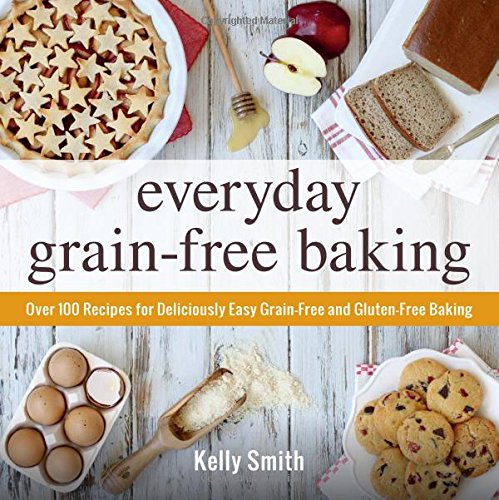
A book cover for Everyday Grain-Free Baking: Over 100 Recipes for Deliciously Easy Grain-Free and Gluten-Free Baking; Kelly Smith; Cookbooks, Food & Wine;